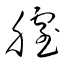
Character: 膣